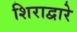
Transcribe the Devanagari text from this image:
शिराद्वारे